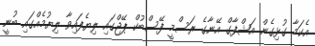
އެކަމާ ގުޅިގެން އަޝްފާގް އޭނާގެ ރަސްމީ ފޭސްބުކް ޕޭޖްގައި ލިޔެފައިވާ ލިޔުމެއްގައި ބުނީ